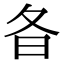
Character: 𣅈